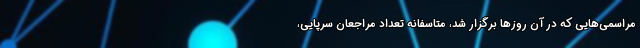
مراسمی‌هایی که در آن روزها برگزار شد، متاسفانه تعداد مراجعان سرپایی،